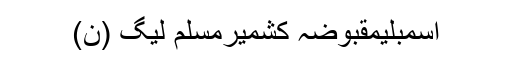
اسمبلیمقبوضہ کشمیرمسلم لیگ (ن)